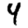
Digit: 4